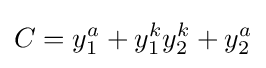
C=y_{1}^{a}+y_{1}^{k}y_{2}^{k}+y_{2}^{a}